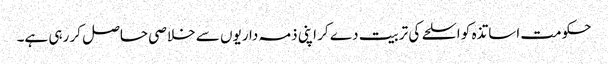
حکومت اساتذہ کو اسلحے کی تربیت دے کر اپنی ذمہ داریوں سے خلاصی حاصل کر رہی ہے۔